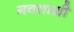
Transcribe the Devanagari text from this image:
गवताळी